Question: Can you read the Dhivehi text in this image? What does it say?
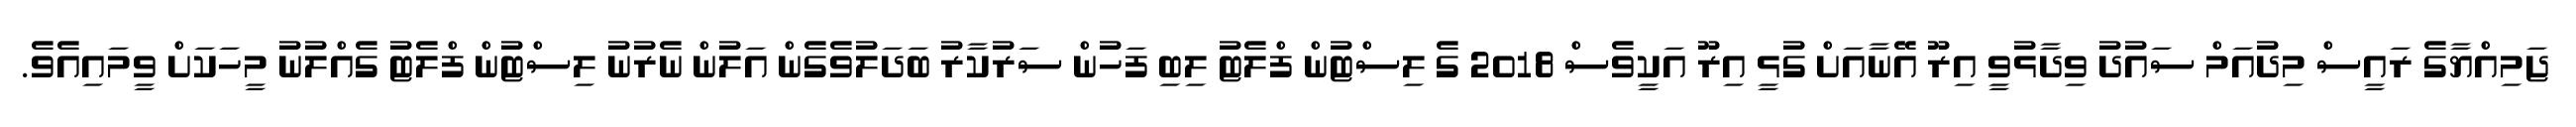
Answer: ޖަމިއްޔާގެ ރައީސް މިދުއަމް ސައުދު ވިދާޅުވީ އިރޫ އޭނާއަށް ގުޅީ އިރޫ އަކީވެސް 2018 ގެ ލިސްޓުން ފްލެޓު ލިބި ފަހުން ސަރުކާރު ބަދަލުވެގެން އަލުން ނެރުނު ލިސްޓުން ފްލެޓު ގެއްލުނު މީހަކަށް ވީމައިއެވެ.